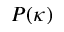
P ( \kappa )